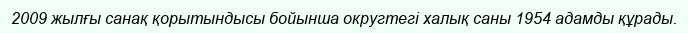
2009 жылғы санақ қорытындысы бойынша округтегі халық саны 1954 адамды құрады.